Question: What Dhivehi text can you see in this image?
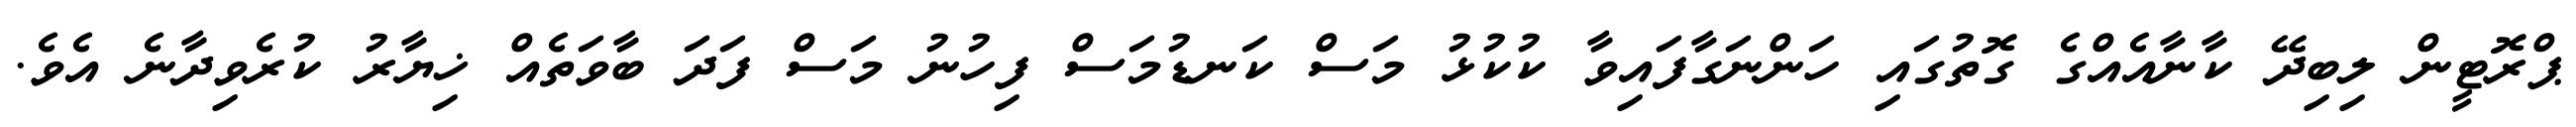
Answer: ޕްރޮޓީން ލިބިދޭ ކާނާއެއްގެ ގޮތުގައި ހަންނަގާފައިވާ ކުކުޅު މަސް ކަނޑުމަސް ފިހުނު މަސް ފަދަ ބާވަތެއް ޚިޔާރު ކުރެވިދާނެ އެވެ.